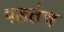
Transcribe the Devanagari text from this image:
पडतेच